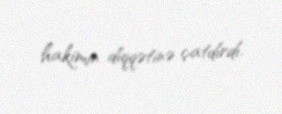
hakimin diqqətinə çatdırdı.